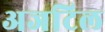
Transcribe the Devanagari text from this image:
अजटिल